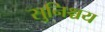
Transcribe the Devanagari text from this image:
सुनिश्चय